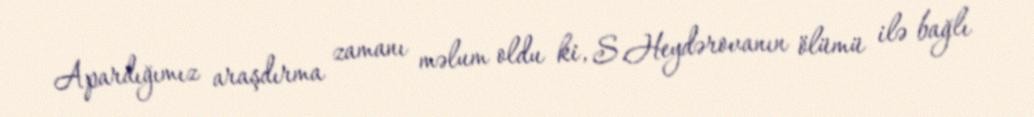
Apardığımız araşdırma zamanı məlum oldu ki, S.Heydərovanın ölümü ilə bağlı